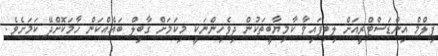
ފިލްމް އިންޑަސްޓްރީއަށް ލިބިފައިވާ ކާމިޔާބީތަކުން ދިވެހިންނަކީ މިކަމަށް ގާބިލް ބައެއްކަން ހާމަކޮށްދޭ ކަމަށެވެ.